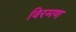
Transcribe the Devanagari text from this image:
विरमण